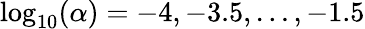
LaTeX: \log_{10}(\alpha)=-4,-3.5,\ldots,-1.5